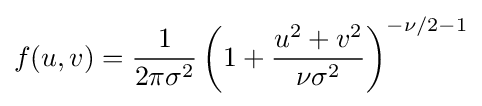
f(u,v)={1 \over {2\pi \sigma ^{2}}}\left(1+{u^{2}+v^{2} \over {\nu \sigma ^{2}}}\right)^{-\nu /2-1}